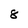
Character: 8